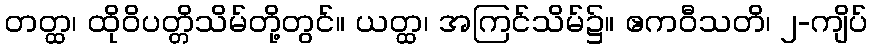
တတ္ထ၊ ထိုဝိပတ္တိသိမ်တို့တွင်။ ယတ္ထ၊ အကြင်သိမ်၌။ ဧကဝီသတိ၊ ၂-ကျိပ်